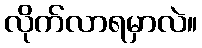
လိုက်လာရမှာလဲ။